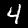
Label: 4